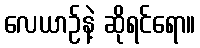
လေယာဉ်နဲ့ ဆိုရင်ရော။